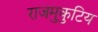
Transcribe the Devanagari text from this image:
राजमुकुटिय